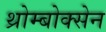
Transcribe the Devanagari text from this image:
थ्रोम्बोक्सेन